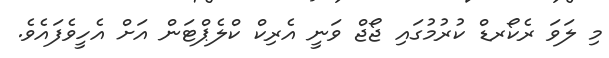
މި ލަވަ ރެކޯރޑް ކުރުމުގައި ޖޯޖް ވަނީ އެރިކް ކްލެޕްޓަން އަށް އެހީވެފައެވެ.